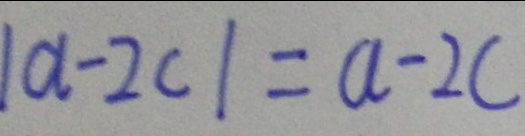
\vert a - 2 c \vert = a - 2 c